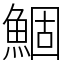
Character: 鯝